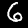
Digit: 6